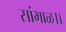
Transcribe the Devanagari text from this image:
सांभाळ।।